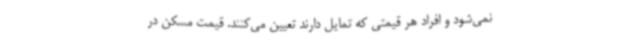
نمی‌شود و افراد هر قیمتی که تمایل دارند تعیین می‌کنند. قیمت مسکن در